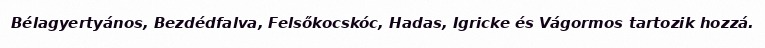
Bélagyertyános, Bezdédfalva, Felsőkocskóc, Hadas, Igricke és Vágormos tartozik hozzá.